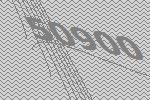
50900